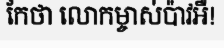
កែថា លោកម្ចាស់ប៉ាវអឺ!